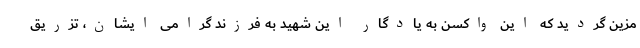
مزین گردید که این واکسن به یادگار این شهید به فرزند گرامی ایشان، تزریق